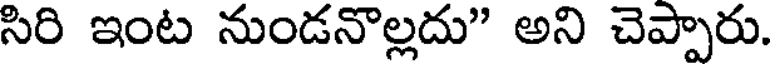
సిరి ఇంట నుండనొల్లదు" అని చెప్పారు.